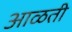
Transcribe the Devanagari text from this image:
आळती